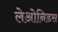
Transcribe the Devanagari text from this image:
लेओनिडस